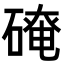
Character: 𪿬